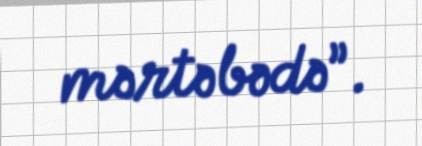
mərtəbədə”.